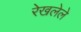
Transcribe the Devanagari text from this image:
रेखलेले